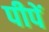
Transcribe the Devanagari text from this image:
पीपें